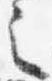
之